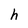
Character: h